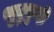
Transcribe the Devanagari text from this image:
थुतुकुदी